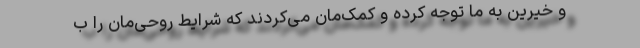
و خیرین به ما توجه کرده و کمک‌مان می‌کردند که شرایط روحی‌مان را ب